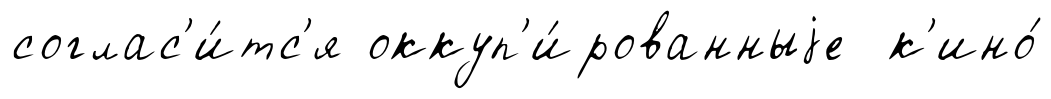
соглас'и́тс'я оккуп'и́рованныjе к'ино́